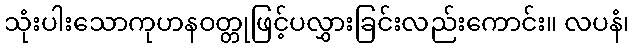
သုံးပါးသောကုဟနဝတ္တုဖြင့်ပလွှားခြင်းလည်းကောင်း။ လပနံ၊